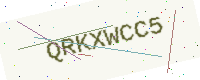
Text: QRKXWCC5